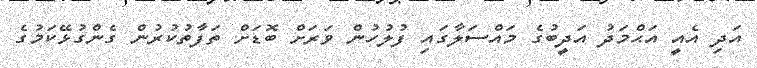
އަދި އެއީ އަޙްމަދު އަދީބުގެ މައްސަލާގައި ފުލުހުން ވަރަށް ބޮޑަށް ތަފާތުކުރުން ގެންގުޅޭކަމުގެ